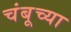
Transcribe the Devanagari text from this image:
चंबूच्या